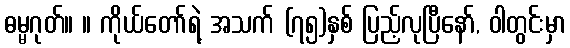
ဓမ္မဂုတ်။ ။ ကိုယ်တော်ရဲ့ အသက် (၇၅)နှစ် ပြည့်လုပြီနော်, ဝါတွင်းမှာ